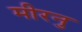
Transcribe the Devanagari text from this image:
मीरनु